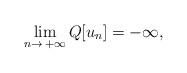
LaTeX: \begin{align*} \lim_{n\rightarrow\, +\infty} Q[u_n] =-\infty,\end{align*}